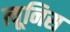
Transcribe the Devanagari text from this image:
त्यूनिस